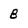
Character: B